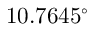
1 0 . 7 6 4 5 ^ { \circ }